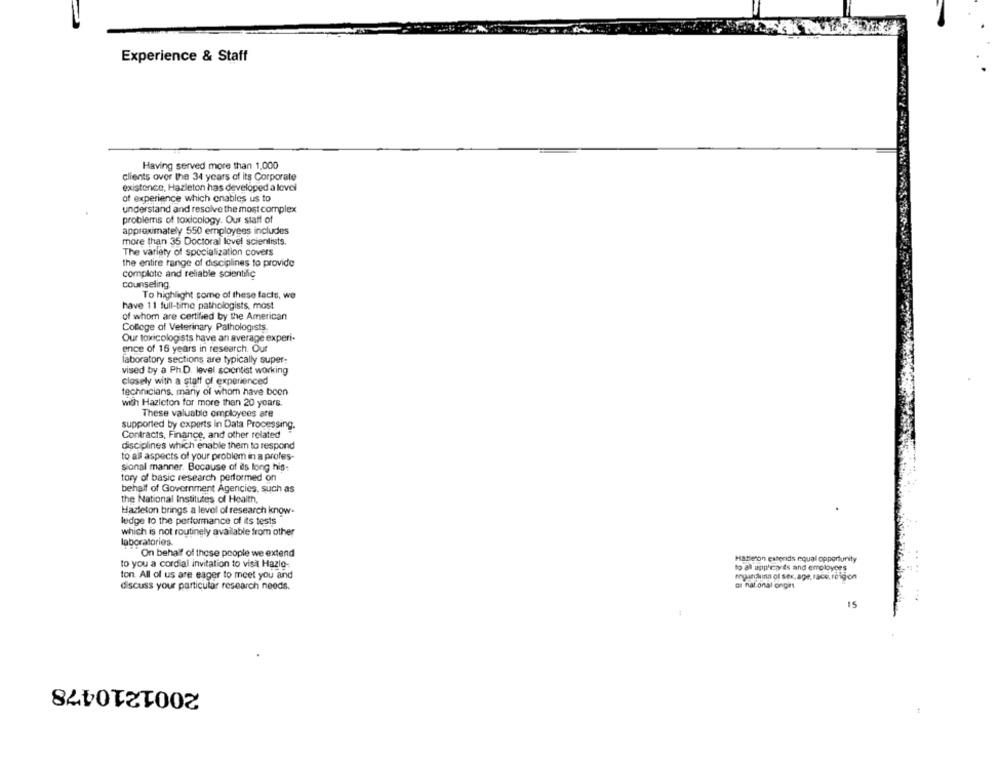
Experience & Staff
Having served more than 1,000
clients over the 34 years of its Corporate
existence, Hazleton has developed a level
of experience which enables us to
understand and resolve the most complex
problems of toxicology. Our staff of
approximately 550 employees includes
more than 35 Doctoral level scientists.
The variety of specialization covers
the entire range of disciplines to provide
complete and reliable scientific
counseling
To highlight some of these facts, we
have 11 full-time pathologists, most
of whom are certified by the American
College of Veterinary Pathologists
Our toxicologists have an average experi-
ence of 16 years in research. Our
laboratory sections are typically super:
vised by a Ph.D. level scientist working
closely with a staff of experienced
technicians. mary of whom have boon
with Hazleton for more than 20 years.
These valuable employees are
supported by experts In Data Processing.
Contracts, Finance, and other related
disciplines which enable them to respond
to all aspects of your problem in a profes-
sional manner. Because of ils long his-
tory of basic research performed on
behalf of Government Agencies, such as
the National Institutes of Health,
Hazleton brings a level of research know-
ledge to the performance of its tests
which is not routinely available from other
laboratories.
On behalf of those people we extend
Hatieron estends equal opportunity
to you a cordial invitation to visit Hazlo-
to all apphearts and employees
ton. All of us are eager to meet you and
royurchuna of sex, age, race, religion
discuss your particular research needs.
or nat onal ongir
15
2001210478